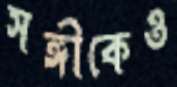
সঙ্গীকেও